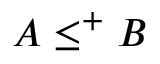
A \leq ^ { + } B